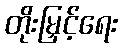
တိုးမြှင့်ရေး